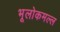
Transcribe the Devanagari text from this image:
भूलोकमल्ल